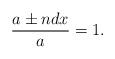
LaTeX: \begin{align*}\frac{a \pm ndx}{a} = 1.\end{align*}